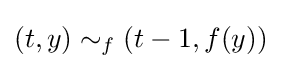
(t,y)\sim _{f}(t-1,f(y))